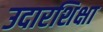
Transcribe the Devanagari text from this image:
उदारशिक्षा